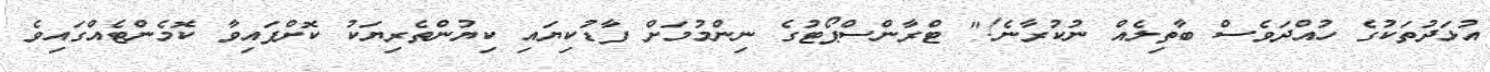
އުޅަދުތަކުގެ ހުއްދަވެސް ބާތިލެއް ނުކުރާނެ!" ޓްރާންސްޕޯޓުގެ ނިންމުމަށް ފާޑުކިޔައި ކިޔުންތެރިޔަކު ކޮށްފައިވާ ކޮމެންޓެއްގައިވެ